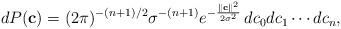
LaTeX: \begin{align*}dP(\textbf{c}) = (2\pi)^{-(n+1)/2}\sigma^{-(n+1)}\displaystyle e^{-\frac{\|\textbf{c}\|^2}{2\sigma^2}}\,dc_0dc_1\cdots dc_n,\end{align*}